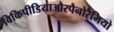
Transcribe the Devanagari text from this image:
विकिपीडियाऔरपैनोरैमियो